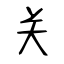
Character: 关